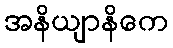
အနိယျာနိကေ